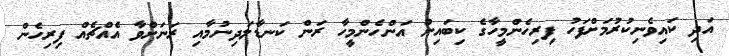
އަދި ކައިވެނިކުރުމަށްފަހު ފިރިހެންމީހާގެ ކިބައިން އަންހެންމީހާ ރަން ކަނޑާލަދިނުމާއި ރަނަށްވާ އެއްޗެއް ފިރިހެން